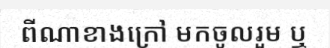
ពីណាខាងក្រៅ មកចូលរួម ឬ